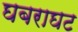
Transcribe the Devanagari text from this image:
घबराघट